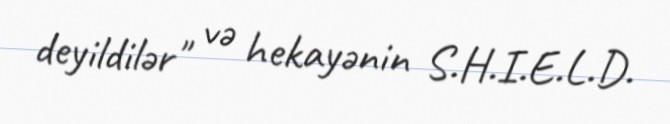
deyildilər" və hekayənin S.H.I.E.L.D.